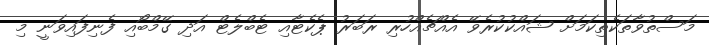
މަސްތުވާތަކެތިކަމަށް ޝައްކުކުރެވޭ އެއްޗެއްހުރި ރަބަރު ޕެކެޓާއި ޓެބްލެޓް އަދި ގޭމްބޯއި ފެނިފައިވަނީ މި